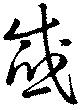
感